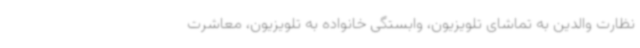
نظارت والدین به تماشای تلویزیون، وابستگی خانواده به تلویزیون، معاشرت